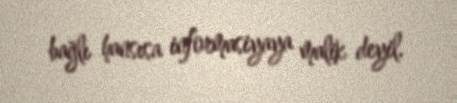
bağlı hansısa informasiyaya malik deyil.